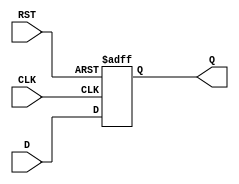
module IntermediateRegister (
    input wire D,          // Data input
    input wire CLK,        // Clock input
    input wire RST,        // Asynchronous reset
    output reg Q           // Data output
);

// Asynchronous reset and rising edge clock sensitivity
always @(posedge CLK or posedge RST) begin
    if (RST) begin
        Q <= 1'b0;        // Clear output to 0 on reset
    end else begin
        Q <= D;           // Capture input data on clock edge
    end
end

endmodule